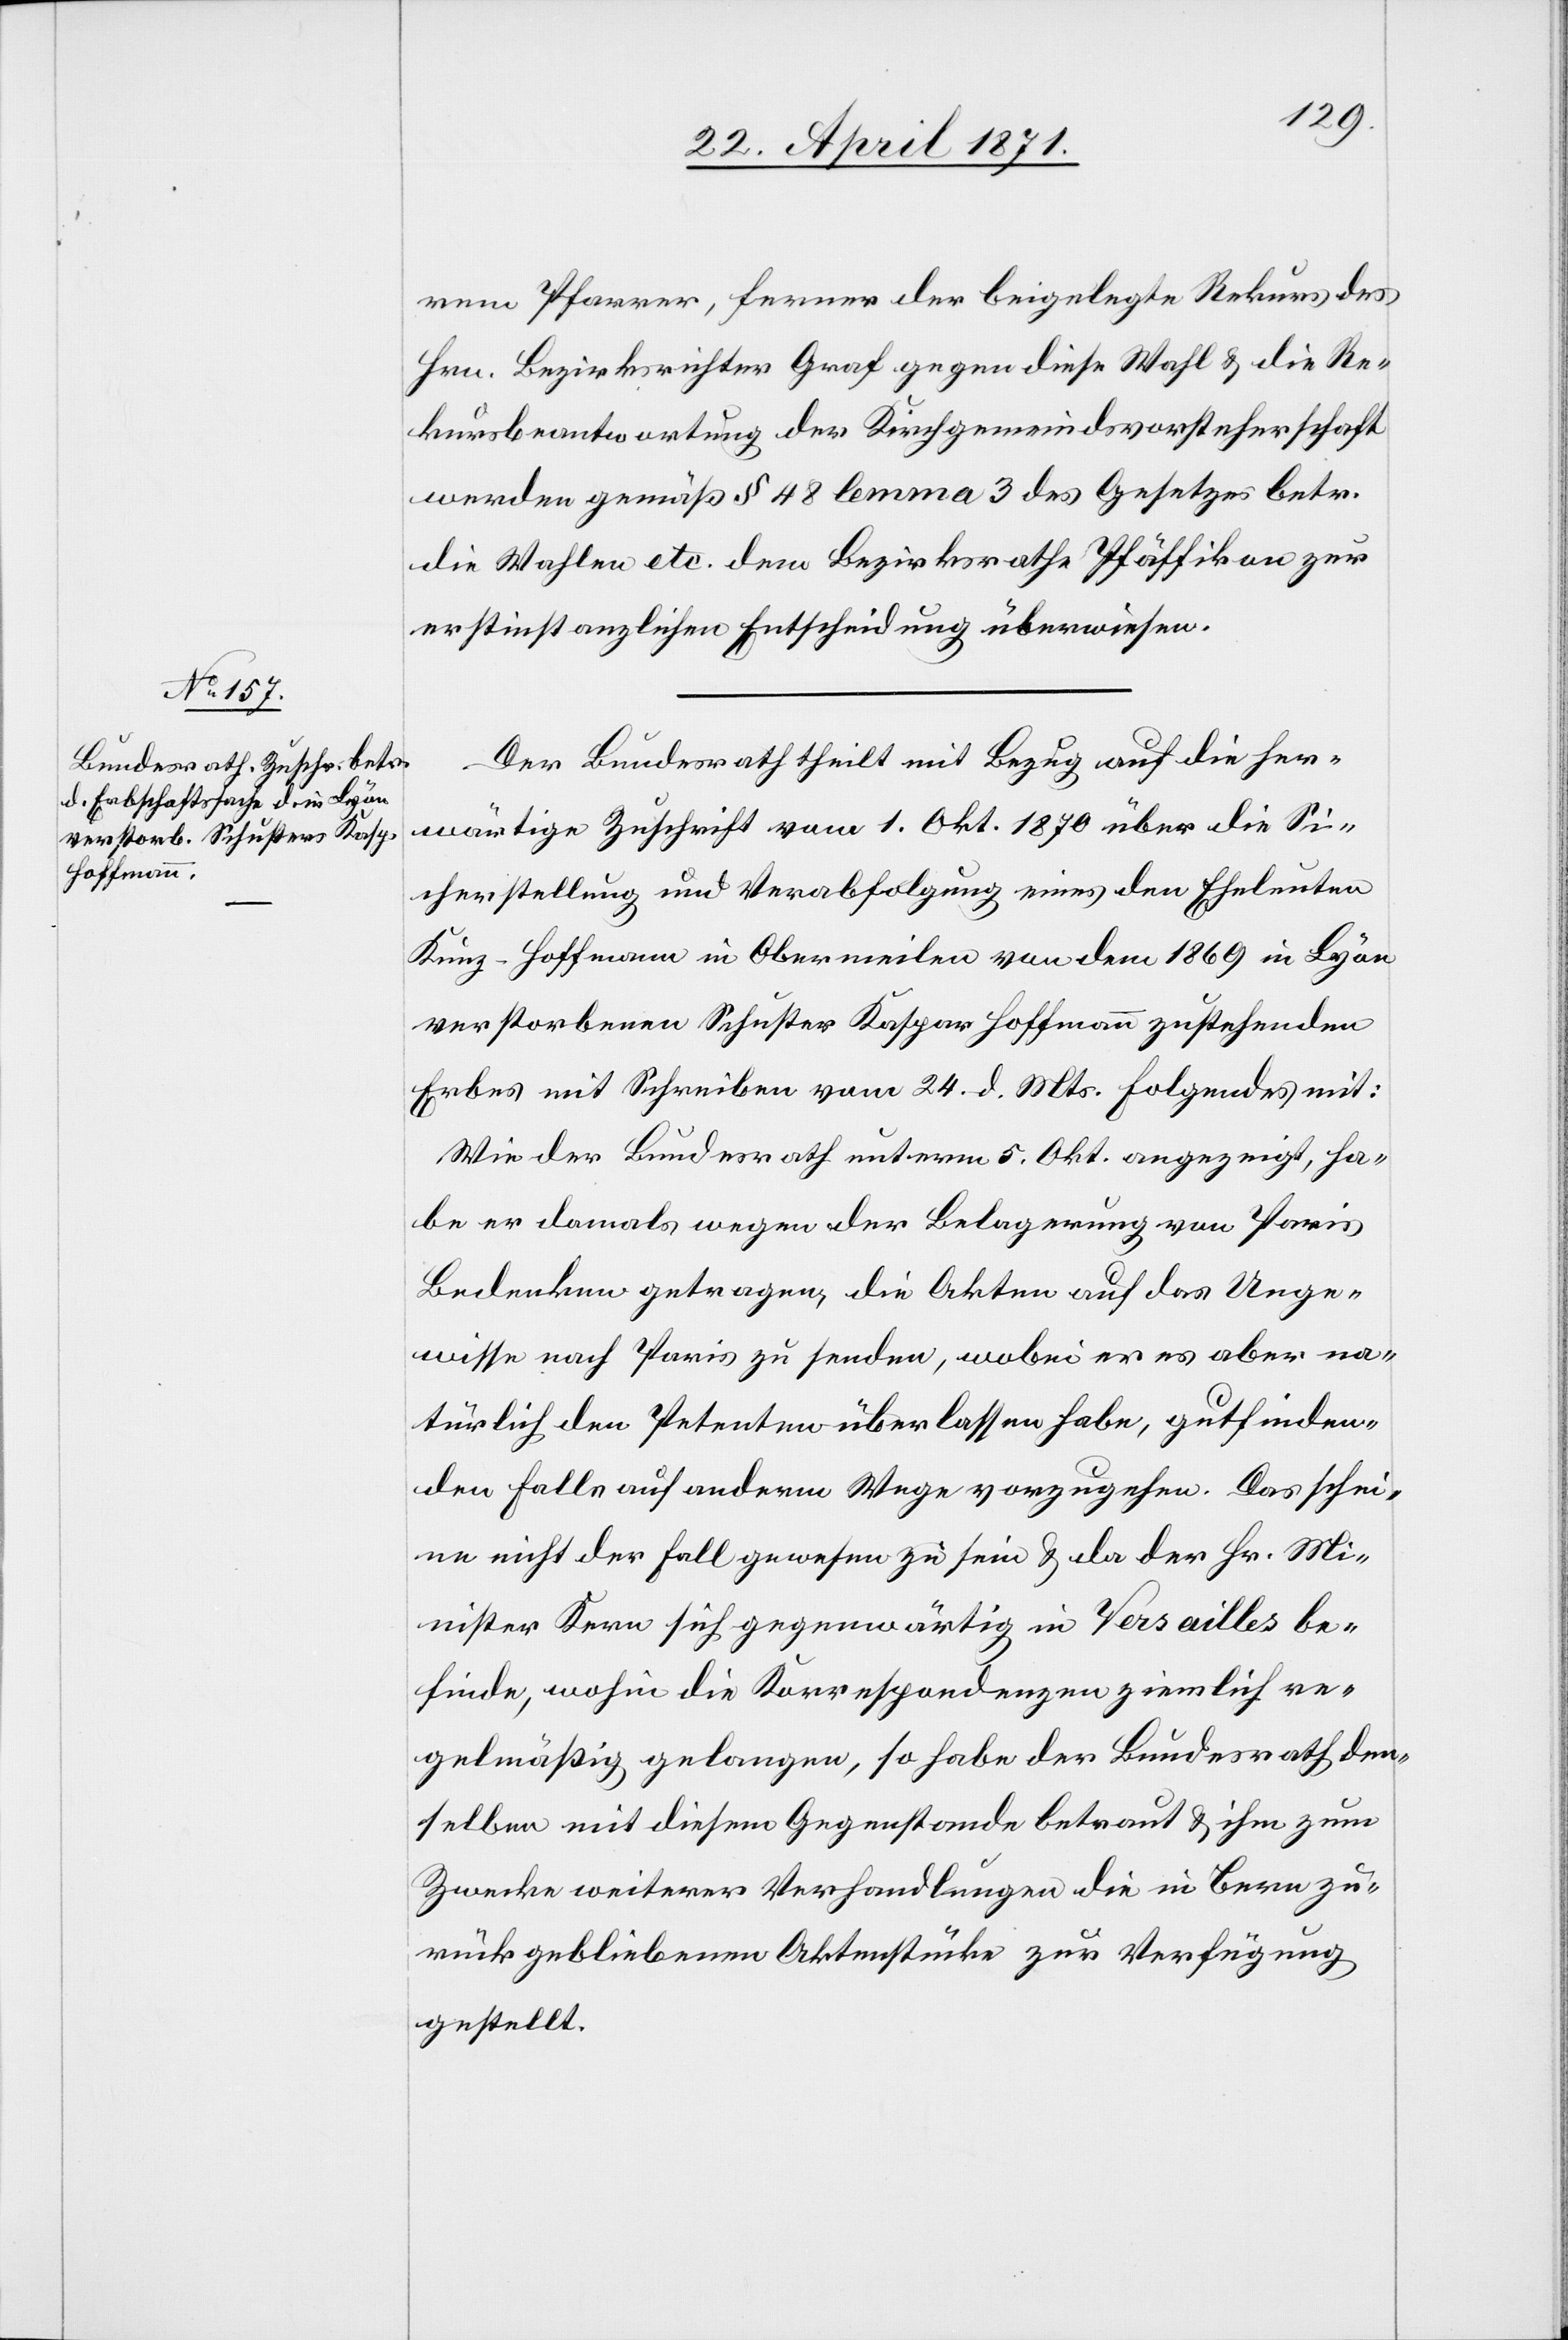
27. April 1871.]
rem Pfarrer, ferner der beigelegte Rekurs des
Hrn. Bezirksrichter Graf gegen diese Wahl u. die Re¬
kursbeantwortung der Kirchgemeindsvorsteherschaft
werden gemäß § 48 lemma 3 des Gesetzes betr.
die Wahlen etc. dem Bezirksrathe Pfäffikon zur
erstinstanzlichen Entscheidung überwiesen.
Der Bundesrath theilt mit Bezug auf die her¬
wärtige Zuschrift vom 1. Okt. 1870 über die Si¬
cherstellung und Verabfolgung eines den Eheleuten
Kunz-Hoffmann in Obermeilen von dem 1869 in Lyon
verstorbenen Schuster Kaspar Hoffmann zustehenden
Erbes mit Schreiben vom 24. d. Mts. Folgendes mit:
Wie der Bundesrath unterm 5. Okt. angezeigt, ha¬
be er damals wegen der Belagerung von Paris
Bedenken getragen, die Akten auf das Unge¬
wisse nach Paris zu senden, wobei er es aber na¬
türlich den Petenten überlassen habe, gutfinden¬
den Falls auf anderm Wege vorzugehen. Das schei¬
ne nicht der Fall gewesen zu sein u. da der Hr. Mi¬
nister Kern sich gegenwärtig in Versailles be¬
finde, wohin die Korrespondenzen ziemlich re¬
gelmäßig gelangen, so habe der Bundesrath den¬
selben mit diesem Gegenstande betraut u. ihm zum
Zwecke weiterer Verhandlungen die in Bern zu¬
rückgebliebenen Aktenstücke zur Verfügung
gestellt.